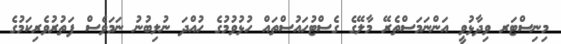
މިނިސްޓަރ ވިދާޅުވީ އަންނަމަސްތެރޭ މާލޭގެ ގެސްޓުހައުސްތައް ހުޅުވުމުގެ ހުއްދަ ނުލިބުނު ނަމަވެސް ފަތުރުވެރިކަމުގެ